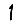
Digit: 1